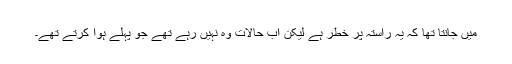
میں جانتا تھا کہ یہ راستہ پر خطر ہے لیکن اب حالات وہ نہیں رہے تھے جو پہلے ہوا کرتے تھے۔